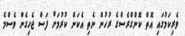
ވެރިކަމުގައި އޮތް ކޮންގްރެސްގެ ރުހުން ނެތި އެކަން ކުރުމަށް ފަސް ޖެހިގެން ވެސްމެ